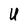
Character: U